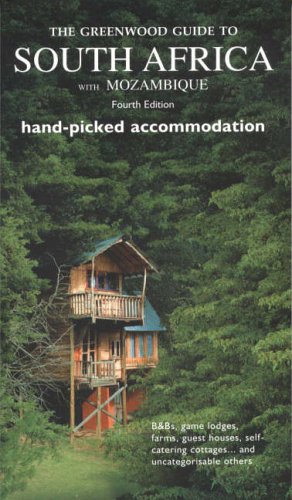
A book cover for The Greenwood Guide to South Africa with Mozambique: Special Hand Picked Accommodation (Greenwood Guides); Simon Greenwood; Travel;